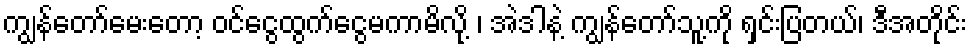
ကျွန်တော်မေးတော့ ဝင်ငွေထွက်ငွေမကာမိလို့ ၊ အဲဒါနဲ့ ကျွန်တော်သူ့ကို ရှင်းပြတယ်၊ ဒီအတိုင်း